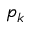
p _ { k }